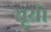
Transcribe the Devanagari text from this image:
सूर्य।